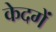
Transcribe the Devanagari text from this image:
केदगें